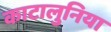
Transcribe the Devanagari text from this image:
काटालुनिया